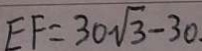
E F = 3 0 \sqrt { 3 } - 3 0